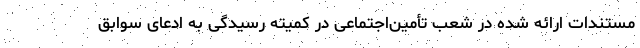
مستندات ارائه شده در شعب تأمین‌اجتماعی در کمیته رسیدگی به ادعای سوابق